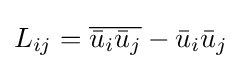
L_{ij}={\overline {{\bar {u}}_{i}{\bar {u}}_{j}}}-{\bar {u}}_{i}{\bar {u}}_{j}